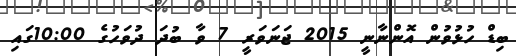
ބިޑް ހުޅުވުން އޮންނާނީ 2015 ޖަނަވަރީ 7 ވާ ބުދަ ދުވަހުގެ 10:00ގައި